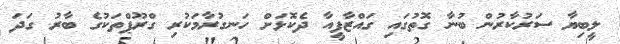
ލީބިޔާ ސަރުކާރުން ބުނާ ގޮތުގައި ގައްޒާފީއާ ދެކޮޅަށް ހަނގުރާމަކުރި ގްރޫޕްތަކުގެ ބާރު ގަދަ